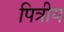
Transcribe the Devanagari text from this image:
पित्रीय